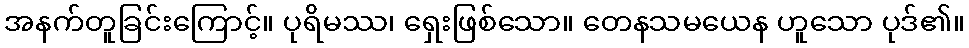
အနက်တူခြင်းကြောင့်။ ပုရိမဿ၊ ရှေးဖြစ်သော။ တေနသမယေန ဟူသော ပုဒ်၏။